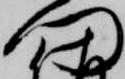
門